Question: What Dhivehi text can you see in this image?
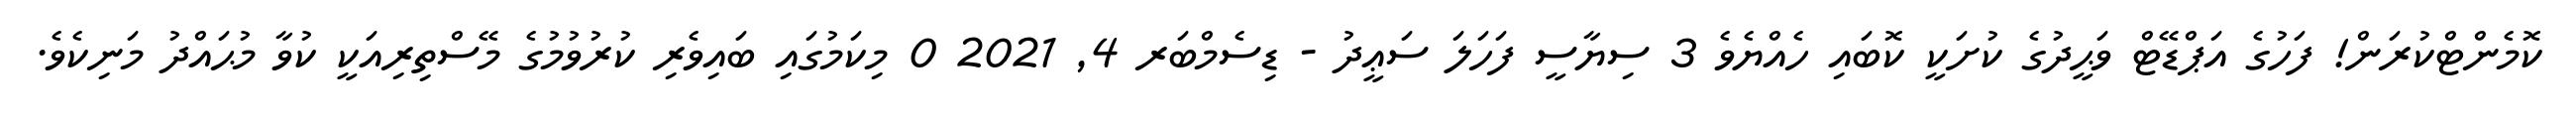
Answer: ކޮމެންޓްކުރަން! ފަހުގެ އަޕްޑޭޓް ވަޙީދުގެ ކުށަކީ ކޮބައި ހެއްޔެވެ 3 ސިޔާސީ ފަހަލަ ސަޢީދު - ޑިސެމްބަރ 4, 2021 0 މިކަމުގައި ބައިވެރި ކުރުވުމުގެ މޭސްތިރިއަކީ ކުވާ މުޙައްދު މަނިކެވެ.